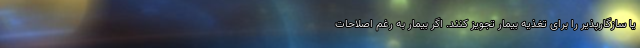
یا سازگارپذیر را برای تغذیه بیمار تجویز کنند. اگر بیمار به رغم اصلاحات